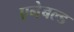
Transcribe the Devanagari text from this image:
एनेबल्ड